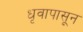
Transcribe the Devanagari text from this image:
धृवापासून